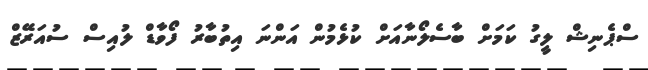
ސްޕެނިޝް ލީގު ކަމަށް ބާސެލޯނާއަށް ކުޅެމުން އަންނަ އިތުބާރު ފޯވާޑް ލުއިސް ސުއަރޭޒް